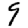
Digit: 9